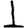
Digit: 1